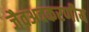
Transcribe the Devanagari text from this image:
जैवअवकरणीय